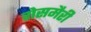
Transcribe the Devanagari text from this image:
रोसमैरी